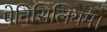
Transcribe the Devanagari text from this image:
पेनिसिलियम।